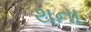
થના